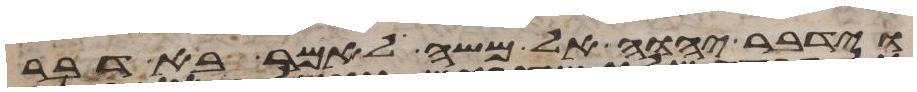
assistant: וידבר יהוה אל משה לאמר בא דבר